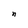
Character: n